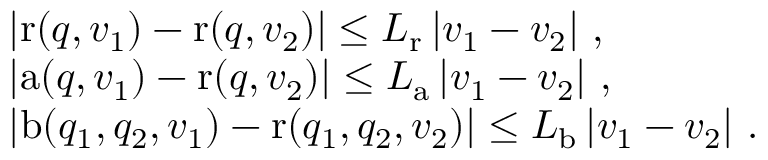
\begin{array} { r l } & { \left| \mathrm { r } ( q , v _ { 1 } ) - \mathrm { r } ( q , v _ { 2 } ) \right| \leq L _ { \mathrm { r } } \left| v _ { 1 } - v _ { 2 } \right| \, , } \\ & { \left| \mathrm { a } ( q , v _ { 1 } ) - \mathrm { r } ( q , v _ { 2 } ) \right| \leq L _ { \mathrm { a } } \left| v _ { 1 } - v _ { 2 } \right| \, , } \\ & { \left| \mathrm { b } ( q _ { 1 } , q _ { 2 } , v _ { 1 } ) - \mathrm { r } ( q _ { 1 } , q _ { 2 } , v _ { 2 } ) \right| \leq L _ { \mathrm { b } } \left| v _ { 1 } - v _ { 2 } \right| \, . } \end{array}